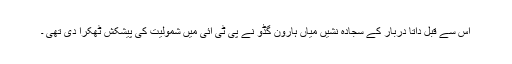
اس سے قبل داتا دربار کے سجادہ نشیں میاں ہارون گڈو نے پی ٹی آئی میں شمولیت کی پیشکش ٹُھکرا دی تھی ۔